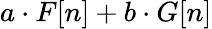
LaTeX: a\cdot F[n]+b\cdot G[n]